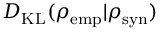
D _ { \mathrm { K L } } ( \rho _ { \mathrm { e m p } } | \rho _ { \mathrm { s y n } } )